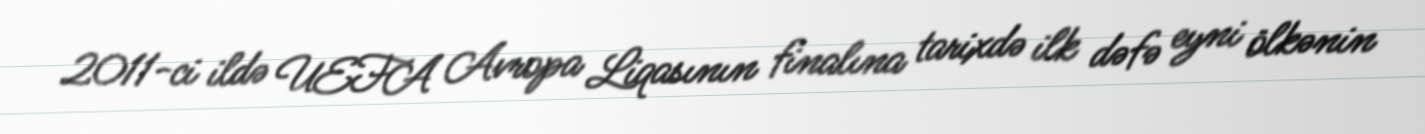
2011-ci ildə UEFA Avropa Liqasının finalına tarixdə ilk dəfə eyni ölkənin